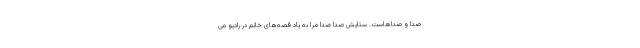
صدا و صداهاست. ستایش صدا صدا مرا به یاد قصه‌های خانم در رادیو می‌